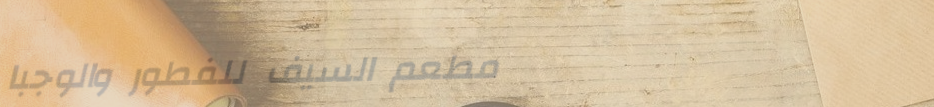
مطعم السيف للفطور والوجبا